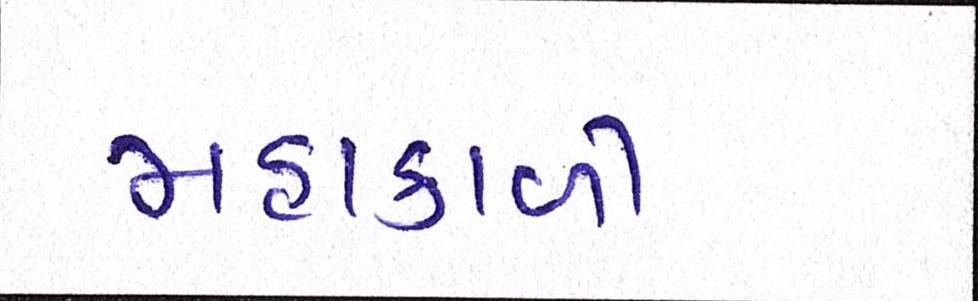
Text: મહાકાળી